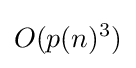
O(p(n)^{3})